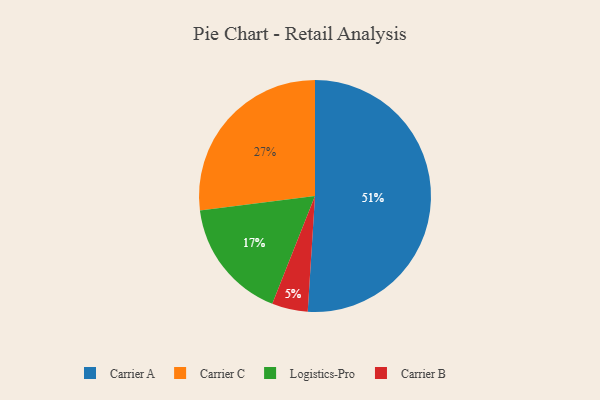
{"axis": {"x": "Category", "y": "Percentage"}, "legend": ["Carrier A", "Carrier B", "Carrier C", "Logistics-Pro"], "data": [{"x": "Carrier C", "y": 27, "type": "Carrier C"}, {"x": "Logistics-Pro", "y": 17, "type": "Logistics-Pro"}, {"x": "Carrier B", "y": 5, "type": "Carrier B"}, {"x": "Carrier A", "y": 51, "type": "Carrier A"}]}